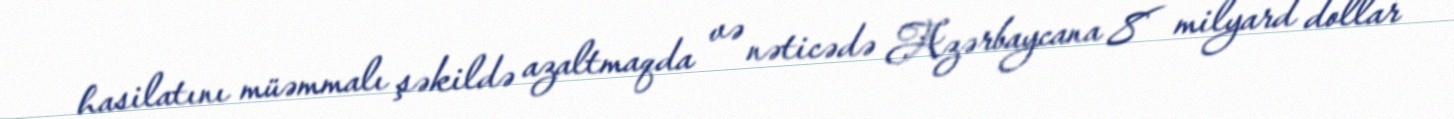
hasilatını müəmmalı şəkildə azaltmaqda və nəticədə Azərbaycana 8 milyard dollar